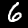
Digit: 6